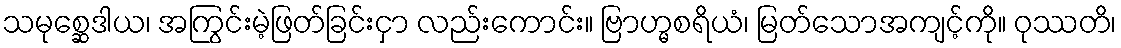
သမုစ္ဆေဒါယ၊ အကြွင်းမဲ့ဖြတ်ခြင်းငှာ လည်းကောင်း။ ဗြာဟ္မစရိယံ၊ မြတ်သောအကျင့်ကို။ ဝုဿတိ၊